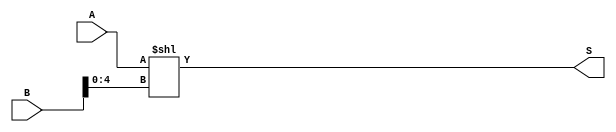
/* Mdulo responsvel pela operao Left Logical Shift 
Recebe um nmero de 32 bits A e shifta ele para esquerda na quantidade especificada pelos 5 LSB de B */
module LeftLShifter ( 
    input wire [31:0] A, B,
    output [31:0] S
    );
    
    assign S = A << B[4:0];

endmodule